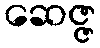
ဆေဇ္ဇ